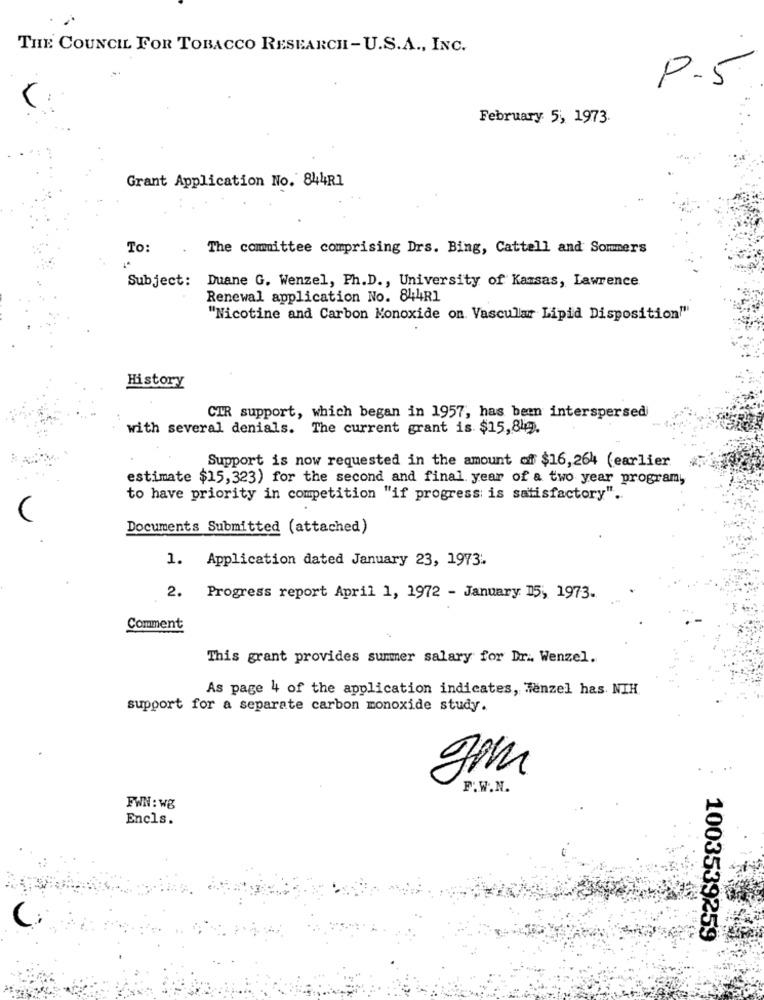
THE COUNCIL FOR TOBACCO RESEARCH-U.S.A ., INC.
P.5
February 5, 1973.
Grant Application No. 844R1
To:
The committee comprising Drs. Bing, Cattell and Sommers
Subject:
Duane G. Wenzel, Ph.D ., University of Kansas, Lawrence
Renewal application No. 844R1
"Nicotine and Carbon Monoxide on Vascular Lipid Disposition""
History
CIR support, which began in 1957, has been interspersed
with several denials. The current grant is $15,84.
Support is now requested in the amount of $16,264 (earlier
estimate $15,323) for the second and final year of a two year program,
to have priority in competition "if progress is satisfactory".
Documents Submitted (attached)
1. Application dated January 23, 1973.
2. Progress report April 1, 1972 - January 15, 1973.
Comment
This grant provides summer salary for Dr .. Wenzel.
As page 4 of the application indicates, Menzel has NIH.
support for a separate carbon monoxide study.
gom
F.W.N.
FWN : wg
Encls.
1003539259